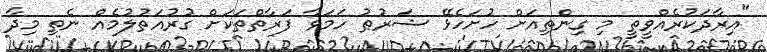
"އިރާދަކުރެއްވީތީ މި ގިންތިއަށް ހުށަހެޅޭ ޝަރުޠު ހަމަވާ ފަރާތްތަކަށް ގުރުއަތުލުމެއް ނެތި މިދާ